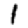
Digit: 1